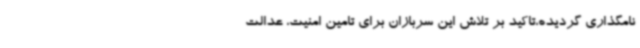
نامگذاری گردیده،تاکید بر تلاش این سربازان برای تامین امنیت، عدالت